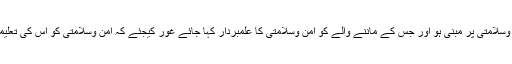
(جس مذہب کی لفظی بنیاد تک امن وسلامتی پر مبنی ہو اور جس کے ماننے والے کو امن وسلامتی کا علمبردار کہا جائے غور کیجئے کہ امن وسلامتی کو اس کی تعلیمات اور احکام میں کتنا دخل ہو گا)۔